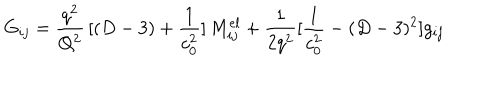
G _ { i j } = { \frac { q ^ { 2 } } { Q ^ { 2 } } } \, [ ( D - 3 ) + { \frac { 1 } { c _ { 0 } ^ { 2 } } } ] \, M _ { i j } ^ { e l } + { \frac { 1 } { 2 q ^ { 2 } } } [ { \frac { 1 } { c _ { 0 } ^ { 2 } } } - ( D - 3 ) ^ { 2 } ] g _ { i j }